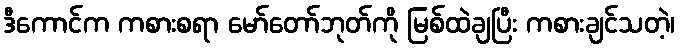
ဒီကောင်က ကစားစရာ မော်တော်ဘုတ်ကို မြစ်ထဲချပြီး ကစားချင်သတဲ့၊